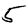
Digit: 5